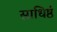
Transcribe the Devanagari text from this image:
साधिष्ठं